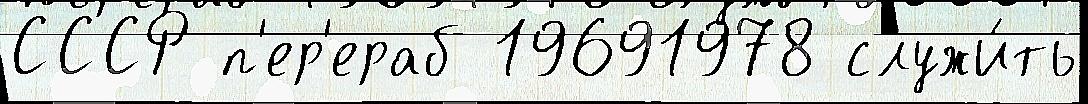
СССР п'ер'ераб 19691978 служи́ть